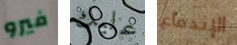
فيرو عليك الإندفاع